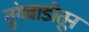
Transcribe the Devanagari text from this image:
तुंगवाडीतून